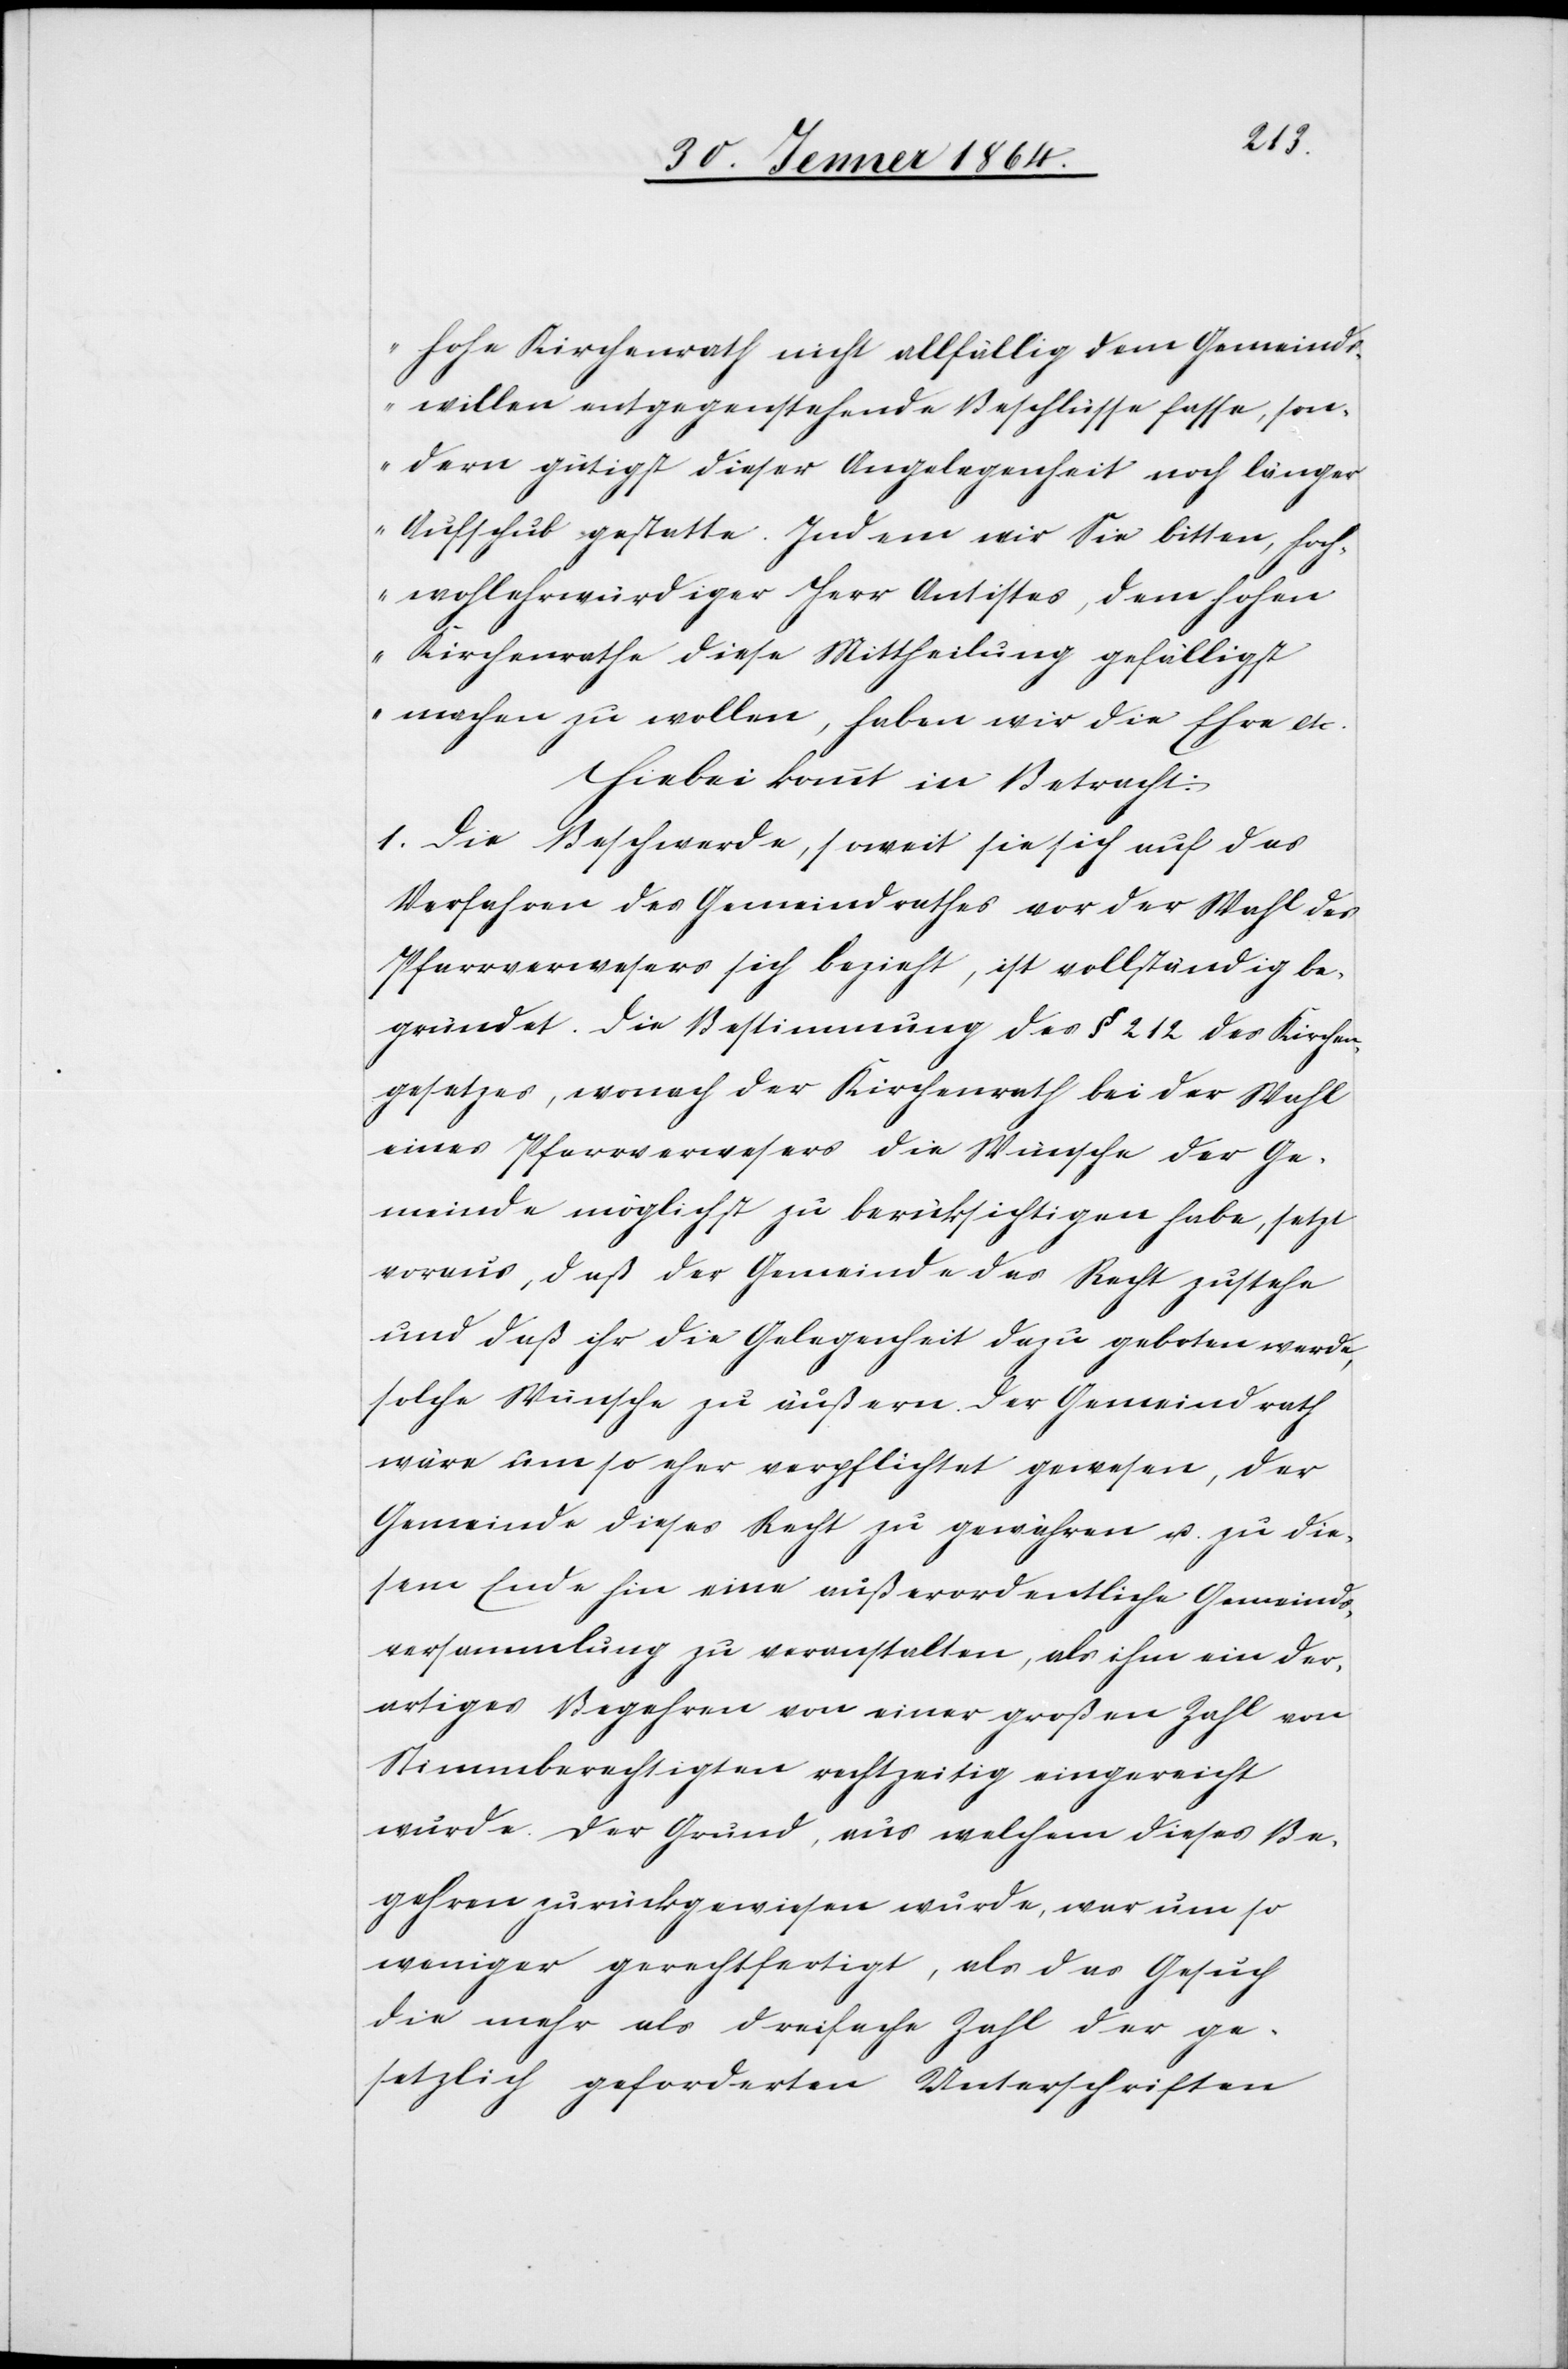
hohe Kirchenrath nicht allfällig dem Gemeinds¬
willen entgegenstehende Beschlüsse fasse, son¬
dern gütigst dieser Angelegenheit noch länger
Aufschub gestatte. Indem wir Sie bitten, hoch¬
wohlehrwürdiger Herr Antistes, dem hohen
Kirchenrathe diese Mittheilung gefälligst
machen zu wollen, haben wir die Ehre etc.“
Hiebei kommt in Betracht:
1. Die Beschwerde, soweit sie sich auf das
Verfahren des Gemeindrathes vor der Wahl des
Pfarrverwesers sich bezieht, ist vollständig be¬
gründet. Die Bestimmung des § 212 des Kirchen¬
gesetzes, wonach der Kirchenrath bei der Wahl
eines Pfarrverwesers die Wünsche der Ge¬
meinde möglichst zu berüksichtigen habe, setzt
voraus, daß der Gemeinde das Recht zustehe
und daß ihr die Gelegenheit dazu geboten werde,
solche Wünsche zu äußern. Der Gemeindrath
wäre um so eher verpflichtet gewesen, der
Gemeinde dieses Recht zu gewähren u. zu die¬
sem Ende hin eine außerordentliche Gemeinds¬
versammlung zu veranstalten, als ihm ein der¬
artiges Begehren von einer großen Zahl von
Stimmberechtigten rechtzeitig eingereicht
wurde. Der Grund, aus welchem dieses Be¬
gehren zurückgewiesen wurde, war um so
weniger gerechtfertigt, als das Gesuch
die mehr als dreifache Zahl der ge¬
setzlich geforderten Unterschriften